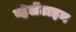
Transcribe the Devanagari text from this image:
व्हॅलेंटाइन